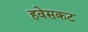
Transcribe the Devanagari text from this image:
हवेसकट